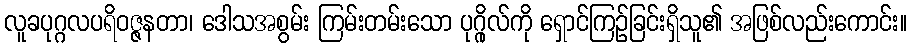
လူခပုဂ္ဂလပရိဝဇ္ဇနတာ၊ ဒေါသအစွမ်း ကြမ်းတမ်းသော ပုဂ္ဂိုလ်ကို ရှောင်ကြဉ်ခြင်းရှိသူ၏ အဖြစ်လည်းကောင်း။